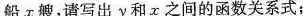
船x艘，请写出y和x之间的函数关系式；